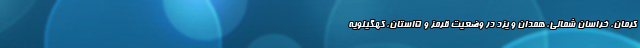
کرمان، خراسان شمالی، همدان و یزد در وضعیت قرمز و ۵استان، کهگیلویه